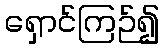
ရှောင်ကြဉ်၍